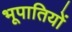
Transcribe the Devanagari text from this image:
भूपातियों